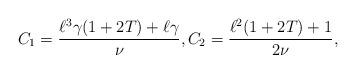
LaTeX: \begin{align*} C_1 = \frac{\ell^3 \gamma (1+2T) + \ell \gamma}{\nu}, C_2 = \frac{\ell^2 (1+2T) +1}{2 \nu}, \end{align*}